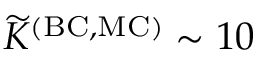
\widetilde { K } ^ { \mathrm { ( B C , M C ) } } \sim 1 0